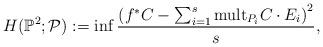
LaTeX: \begin{align*}H(\mathbb{P}^{2};\mathcal{P}):= \inf \frac{ \left(f^{*}C-\sum_{i=1}^s {\rm mult}_{P_i}C \cdot E_i \right)^2}{s},\end{align*}